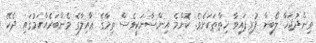
ވިންދުޖަހާ ލޯބިން ފުރިފައިވާ ހިތްތަކަށެވެ. ކޮންމެ އިންސާނަކީވެސް ތިމާގެ ޢާއިލާގެ މެންބަރެއްކަމުގައި ދެކޭ